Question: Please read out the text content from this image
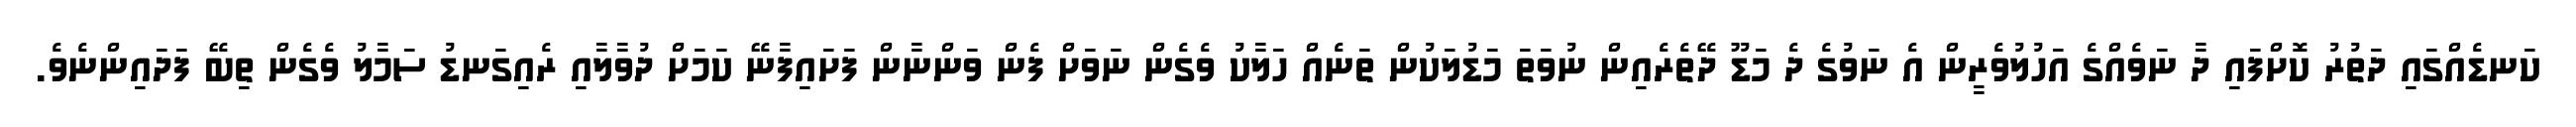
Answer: ކަނޑެއްގައި ދަތުރު ކޮށްފައި ދާ ނަވެއްގެ އަހުލުވެރީން އެ ނަވުގެ ދެ މަޑޫ ދޭތެރެއިން ނުވަތަ މަޑުލަކުން ތަނެއް ހަލާކު ވެގެން ނަވަށް ފެން ވަންނާން ފަށައިފާނޭ ކަމަށް ދުވާލާއި ރެއިގަނޑު ސަމާލު ވެގެން ތިބޭ ފަދައިންނެވެ.